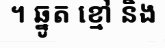
។ ឆ្នូត ខ្មៅ និង